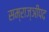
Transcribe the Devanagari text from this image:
सम्राज्ञीपद